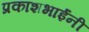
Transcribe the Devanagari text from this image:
प्रकाशभाईंनी